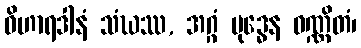
ဝိဟာရဒါနံ သံဃဿ, အဂ္ဂံ ဗုဒ္ဓေန ဝဏ္ဏိတံ၊